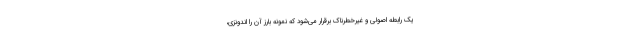
یک رابطه اصولی و غیرخطرناک برقرار می‌شود که نمونه بارز آن را اندونزی،